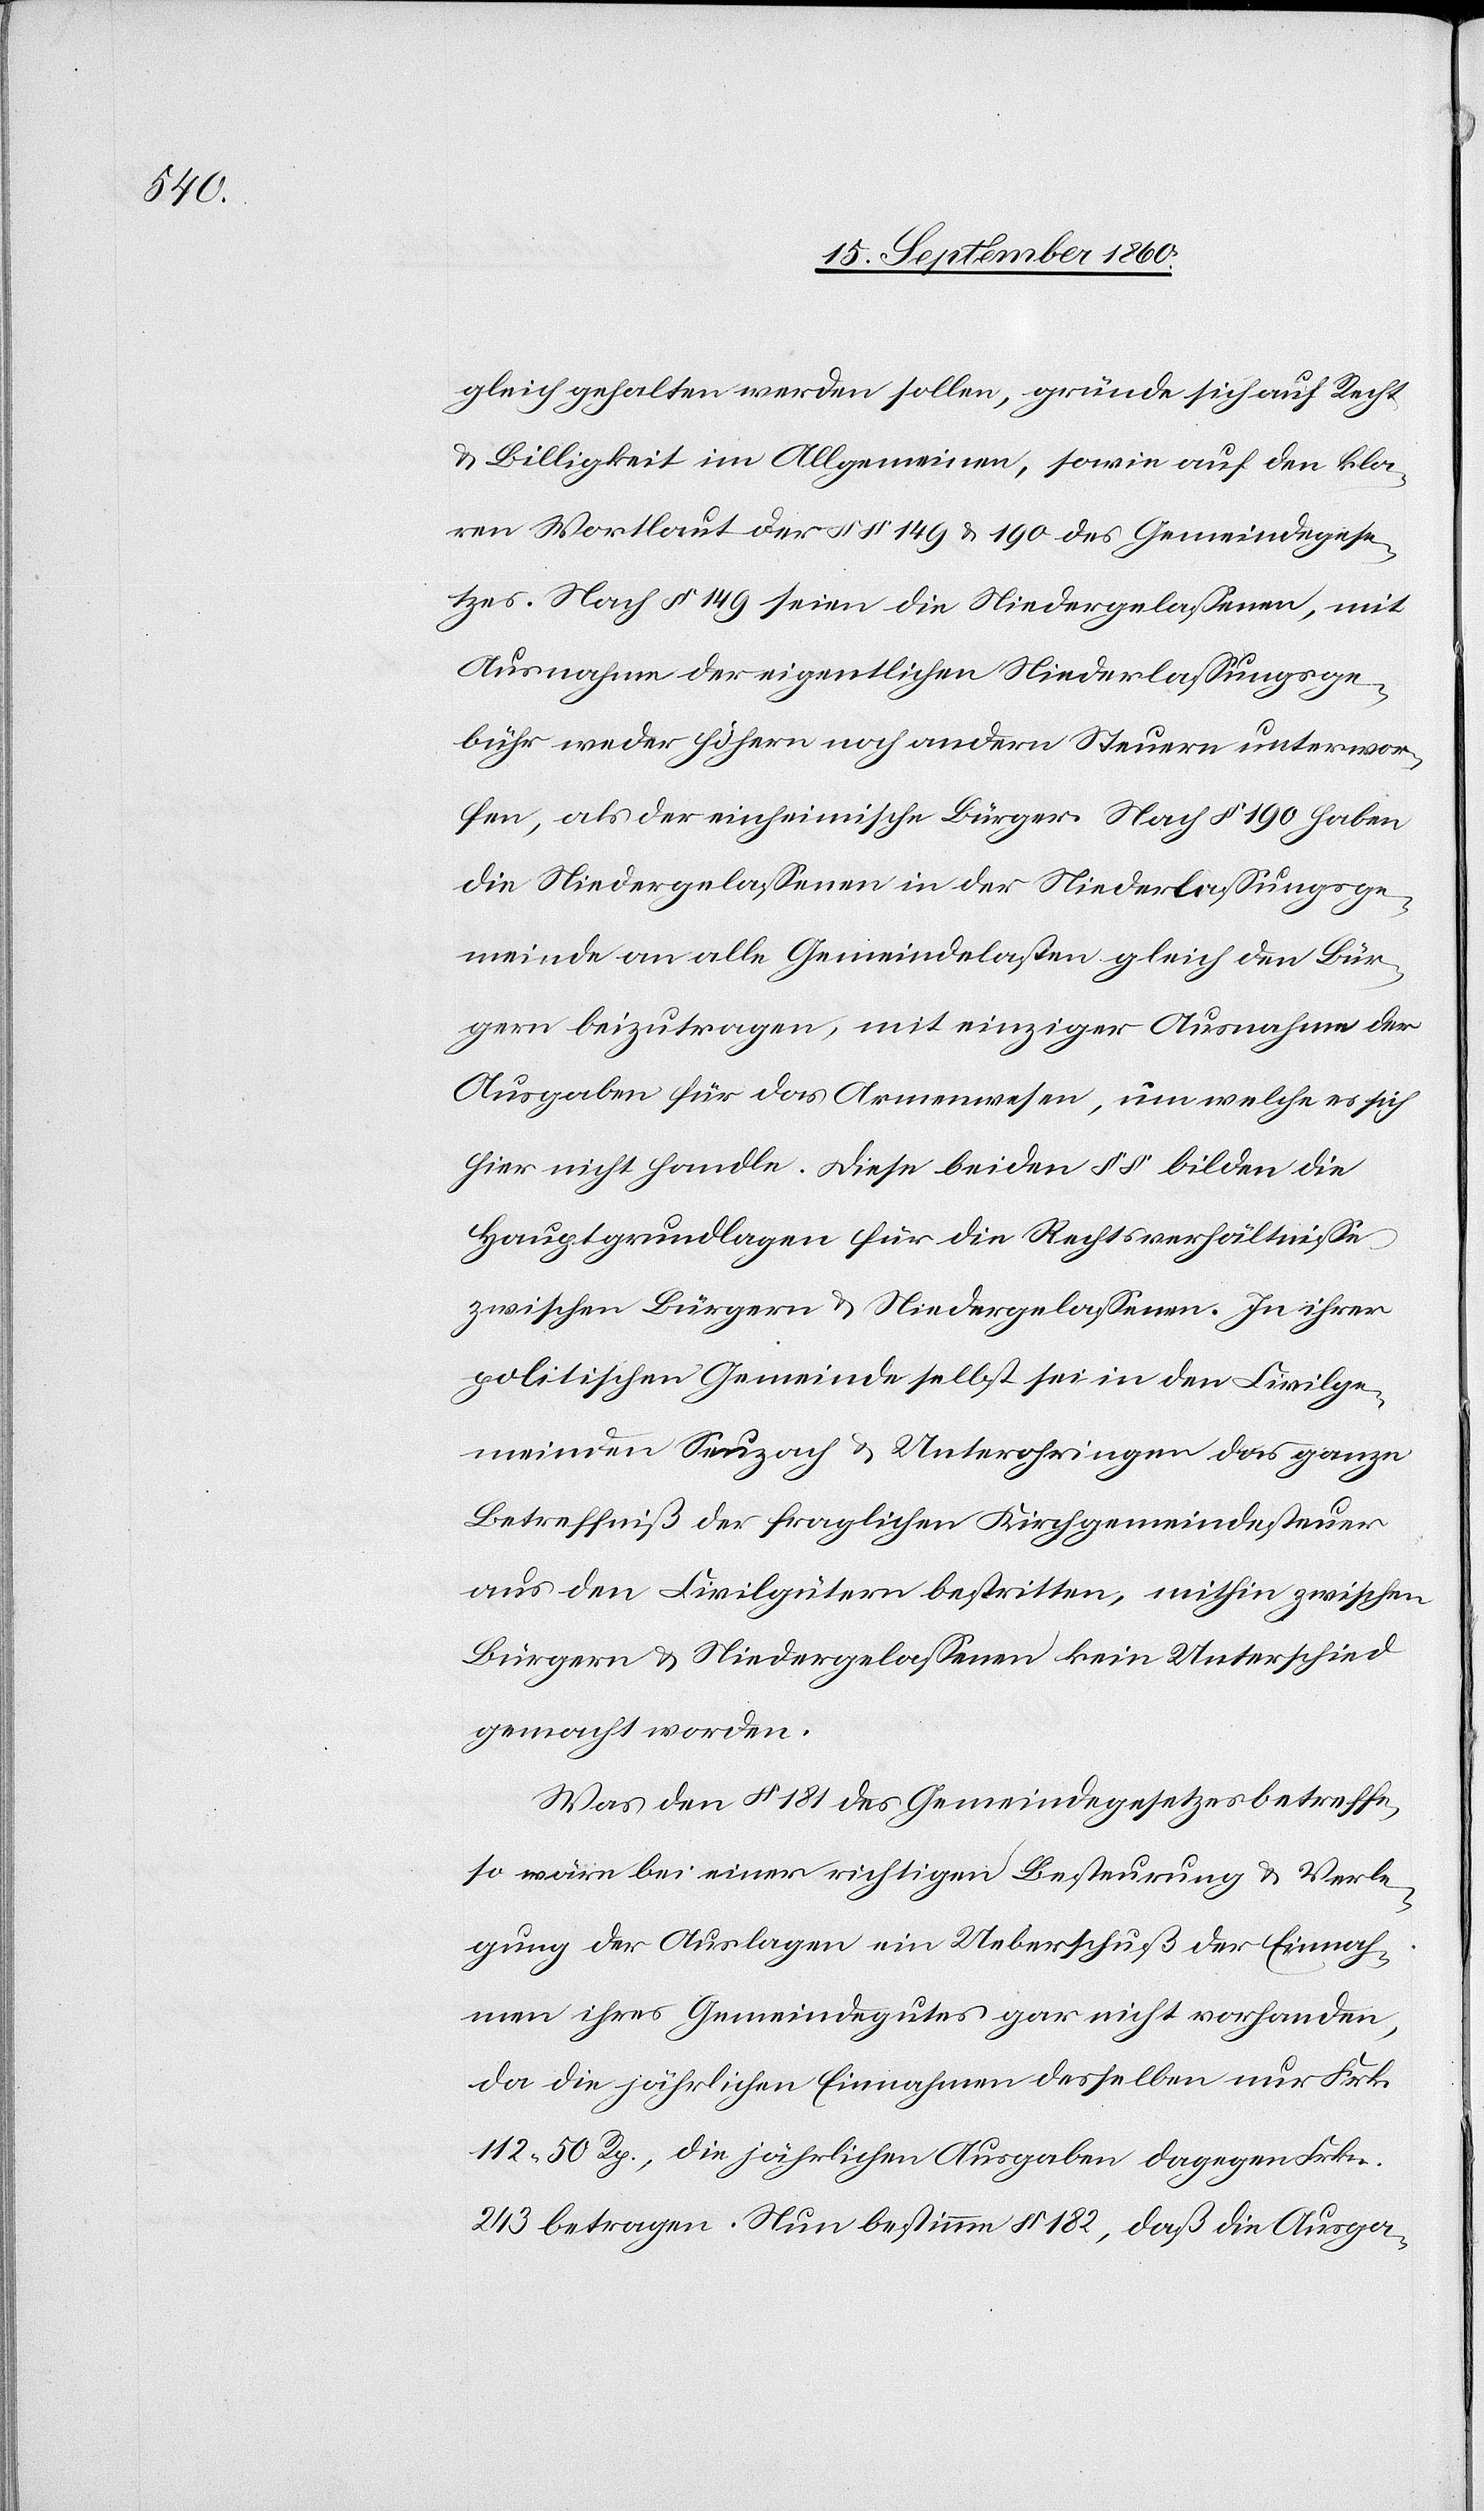
§. 149

gleich gehalten werden sollen, gründe sich auf Recht
und Billigkeit im Allgemeinen, sowie auf den kla¬
ren Wortlaut der §.§. 149 u. 190 des Gemeindegese¬
die Niedergelassenen in der Niederlassungsge¬
meinde an alle Gemeindelasten gleich den Bür¬
gern beizutragen, mit einziger Ausnahme der
Ausgaben für das Armenwesen, um welche es sich
hier nicht handle. Diese beiden §§. bilden die
Hauptgrundlagen für die Rechtsverhältnisse
zwischen Bürgern u. Niedergelassenen. In ihrer
politischen Gemeinde selbst sei in den Civilge¬
meinden Seuzach u. Unterohringen das ganze
Betreffniss der fraglichen Kirchgemeindesteuer
aus den Civilgütern bestritten, mithin zwischen
Bürgern u. Niedergelassenen kein Unterschied
gemacht worden.
Was den §. 181 des Gemeindegesetzes betreffe,
so wäre bei einer richtigen Besteurung. u. Verle¬
gung der Auslagen ein Ueberschuss der Einnah¬
men ihres Gemeindeguts gar nicht vorhanden,
da die jährlichen Einnahmen desselben nur fcs.
112. 50R., die jährlichen Ausgaben dagegen Frk.
243 betragen. Nun bestimme §. 182, dass die Ausga-